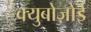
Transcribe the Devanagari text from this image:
क्युबोज़ोई